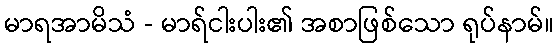
မာရအာမိသံ - မာရ်ငါးပါး၏ အစာဖြစ်သော ရုပ်နာမ်။